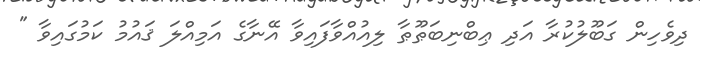
ދިވެހިން ގަބޫލުކުރާ އަދި ޢިބްނިބަޠޫޠާ ލިއުއްވާފައިވާ އޭނާގެ އަމިއްލަ ޤައުމު ކަމުގައިވާ "